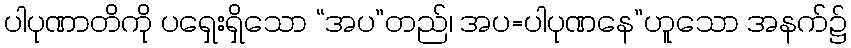
ပါပုဏာတိကို ပရှေးရှိသော “အပ”တည်၊ အပ=ပါပုဏနေ”ဟူသော အနက်၌